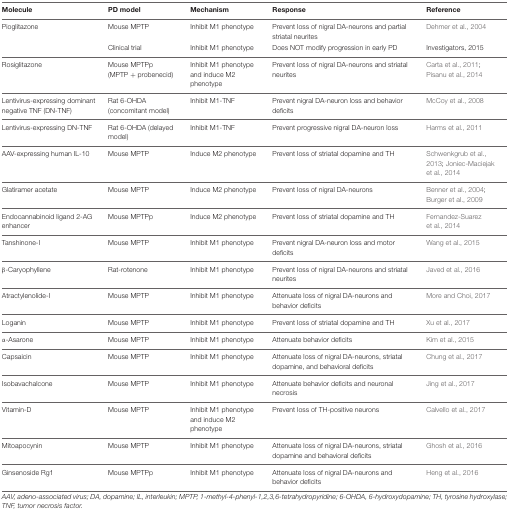
<table><thead><tr><td><b>Molecule</b></td><td><b>PD model</b></td><td><b>Mechanism</b></td><td><b>Response</b></td><td><b>Reference</b></td></tr></thead><tbody><tr><td>Pioglitazone</td><td>Mouse MPTP</td><td>Inhibit M1 phenotype</td><td>Prevent loss of nigral DA-neurons and partial striatal neurites</td><td>Dehmer et al., 2004</td></tr><tr><td></td><td>Clinical trial</td><td>Inhibit M1 phenotype</td><td>Does NOT modify progression in early PD</td><td>Investigators, 2015</td></tr><tr><td>Rosiglitazone</td><td>Mouse MPTPp (MPTP + probenecid)</td><td>Inhibit M1 phenotype and induce M2 phenotype</td><td>Prevent loss of nigral DA-neurons and striatal neurites</td><td>Carta et al., 2011; Pisanu et al., 2014</td></tr><tr><td>Lentivirus-expressing dominant negative TNF (DN-TNF)</td><td>Rat 6-OHDA (concomitant model)</td><td>Inhibit M1-TNF</td><td>Prevent nigral DA-neuron loss and behavior deficits</td><td>McCoy et al., 2008</td></tr><tr><td>Lentivirus-expressing DN-TNF</td><td>Rat 6-OHDA (delayed model)</td><td>Inhibit M1-TNF</td><td>Prevent progressive nigral DA-neuron loss</td><td>Harms et al., 2011</td></tr><tr><td>AAV-expressing human IL-10</td><td>Mouse MPTP</td><td>Induce M2 phenotype</td><td>Prevent loss of striatal dopamine and TH</td><td>Schwenkgrub et al., 2013; Joniec-Maciejak et al., 2014</td></tr><tr><td>Glatiramer acetate</td><td>Mouse MPTP</td><td>Induce M2 phenotype</td><td>Prevent loss of nigral DA-neurons</td><td>Benner et al., 2004; Burger et al., 2009</td></tr><tr><td>Endocannabinoid ligand 2-AG enhancer</td><td>Mouse MPTPp</td><td>Induce M2 phenotype</td><td>Prevent loss of striatal dopamine and TH</td><td>Fernandez-Suarez et al., 2014</td></tr><tr><td>Tanshinone-I</td><td>Mouse MPTP</td><td>Inhibit M1 phenotype</td><td>Prevent nigral DA-neuron loss and motor deficits</td><td>Wang et al., 2015</td></tr><tr><td>β-Caryophyllene</td><td>Rat-rotenone</td><td>Inhibit M1 phenotype</td><td>Prevent loss of nigral DA-neurons and striatal neurites</td><td>Javed et al., 2016</td></tr><tr><td>Atractylenolide-I</td><td>Mouse MPTP</td><td>Inhibit M1 phenotype</td><td>Attenuate loss of nigral DA-neurons and behavior deficits</td><td>More and Choi, 2017</td></tr><tr><td>Loganin</td><td>Mouse MPTP</td><td>Inhibit M1 phenotype</td><td>Prevent loss of striatal dopamine and TH</td><td>Xu et al., 2017</td></tr><tr><td>α-Asarone</td><td>Mouse MPTP</td><td>Inhibit M1 phenotype</td><td>Attenuate behavior deficits</td><td>Kim et al., 2015</td></tr><tr><td>Capsaicin</td><td>Mouse MPTP</td><td>Inhibit M1 phenotype</td><td>Attenuate loss of nigral DA-neurons, striatal dopamine, and behavioral deficits</td><td>Chung et al., 2017</td></tr><tr><td>Isobavachalcone</td><td>Mouse MPTP</td><td>Inhibit M1 phenotype</td><td>Attenuate behavior deficits and neuronal necrosis</td><td>Jing et al., 2017</td></tr><tr><td>Vitamin-D</td><td>Mouse MPTP</td><td>Inhibit M1 phenotype and induce M2 phenotype</td><td>Prevent loss of TH-positive neurons</td><td>Calvello et al., 2017</td></tr><tr><td>Mitoapocynin</td><td>Mouse MPTP</td><td>Inhibit M1 phenotype</td><td>Attenuate loss of nigral DA-neurons, striatal dopamine and behavioral deficits</td><td>Ghosh et al., 2016</td></tr><tr><td>Ginsenoside Rg1</td><td>Mouse MPTPp</td><td>Inhibit M1 phenotype</td><td>Attenuate loss of nigral DA-neurons and behavior deficits</td><td>Heng et al., 2016</td></tr></tbody></table>